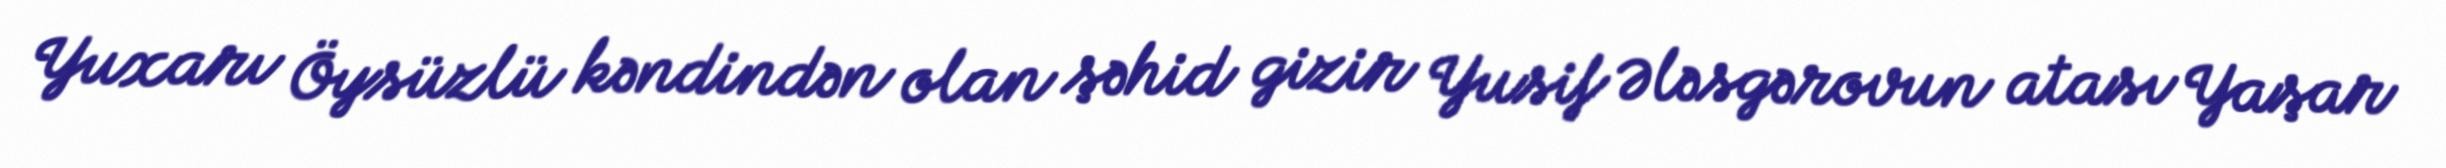
Yuxarı Öysüzlü kəndindən olan şəhid gizir Yusif Ələsgərovun atası Yaşar